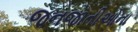
જનજાતીઓના